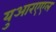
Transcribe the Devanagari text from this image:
युआरएएल